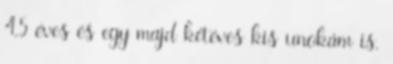
4,5 éves és egy majd kétéves kis unokám is.